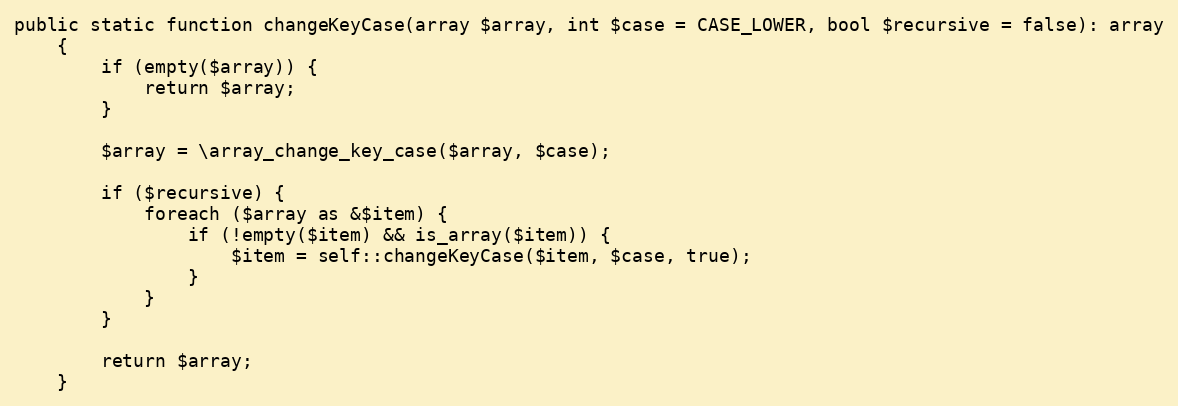
Language: PHP
public static function changeKeyCase(array $array, int $case = CASE_LOWER, bool $recursive = false): array
    {
        if (empty($array)) {
            return $array;
        }

        $array = \array_change_key_case($array, $case);

        if ($recursive) {
            foreach ($array as &$item) {
                if (!empty($item) && is_array($item)) {
                    $item = self::changeKeyCase($item, $case, true);
                }
            }
        }

        return $array;
    }